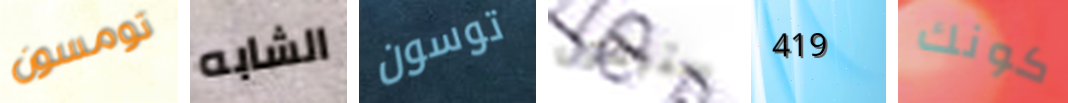
تومسون الشابه توسون ستبقون 419 كونك